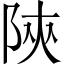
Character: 陝